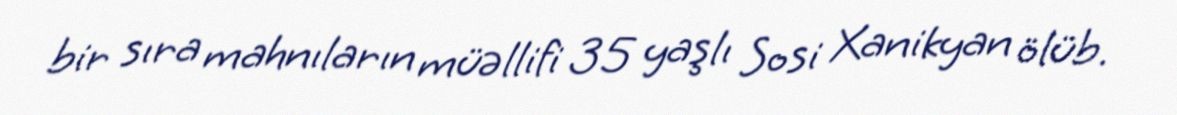
bir sıra mahnıların müəllifi 35 yaşlı Sosi Xanikyan ölüb.